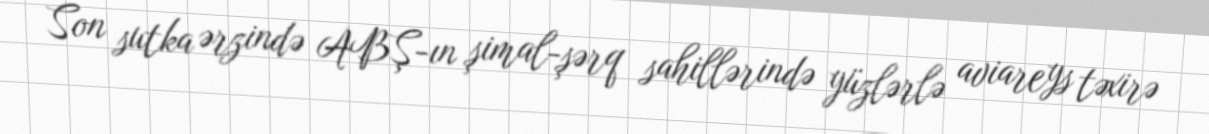
Son sutka ərzində ABŞ-ın şimal-şərq sahillərində yüzlərlə aviareys təxirə